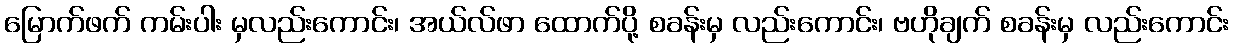
မြောက်ဖက် ကမ်းပါး မှလည်းကောင်း၊ အယ်လ်ဖာ ထောက်ပို့ စခန်းမှ လည်းကောင်း၊ ဗဟိုချက် စခန်းမှ လည်းကောင်း